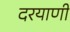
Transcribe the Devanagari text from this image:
दरयाणी